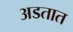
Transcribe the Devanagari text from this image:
अडतात